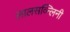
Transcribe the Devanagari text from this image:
लालसव्न्लिनी